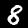
Label: 8